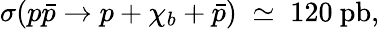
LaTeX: \sigma(p\bar{p}\rightarrow p+\chi_{b}+\bar{p})\; \simeq\; 120~\mathrm{pb},